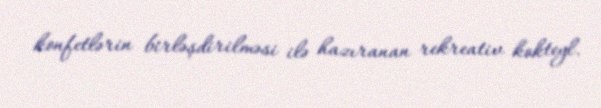
konfetlərin birləşdirilməsi ilə hazıranan rekreativ kokteyl.